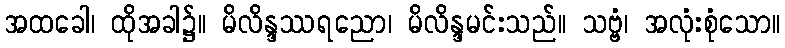
အထခေါ၊ ထိုအခါ၌။ မိလိန္ဒဿရညော၊ မိလိန္ဒမင်းသည်။ သဗ္ဗံ၊ အလုံးစုံသော။